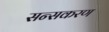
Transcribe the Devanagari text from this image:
सन्सकरण